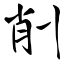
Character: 削